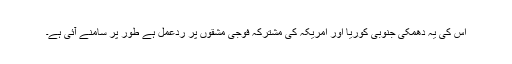
اس کی یہ دھمکی جنوبی کوریا اور امریکہ کی مشترکہ فوجی مشقوں پر ردعمل ہے طور پر سامنے آئی ہے۔